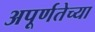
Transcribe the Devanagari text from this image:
अपूर्णतेच्या